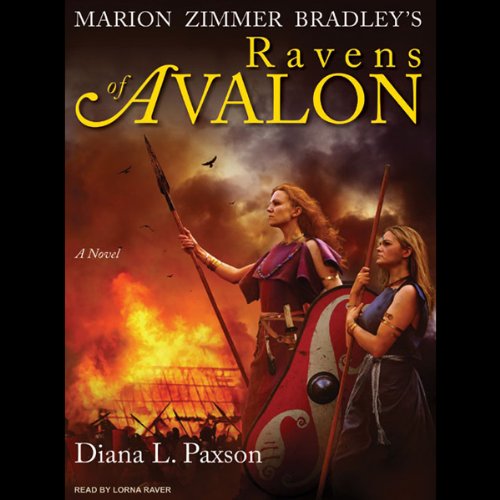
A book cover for Marion Zimmer Bradley's Ravens of Avalon: A Novel; Diana L. Paxson; Religion & Spirituality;